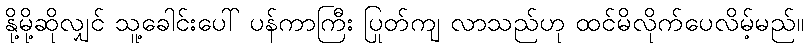
နို့မို့ဆိုလျှင် သူ့ခေါင်းပေါ် ပန်ကာကြီး ပြုတ်ကျ လာသည်ဟု ထင်မိလိုက်ပေလိမ့်မည်။